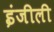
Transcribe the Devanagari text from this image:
इंजीली